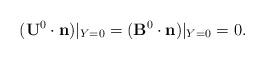
LaTeX: \begin{align*} (\mathbf{U}^0\cdot\mathbf{n})|_{Y=0}= ( \mathbf{B}^0\cdot\mathbf{n})|_{Y=0}=0.\end{align*}